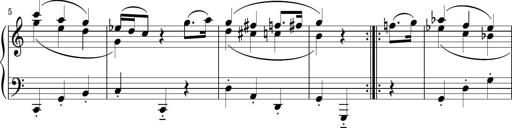
Title: Sonatina PandemÃ³nium
Composer: VÃ­ctor Carbajo
Key: C major